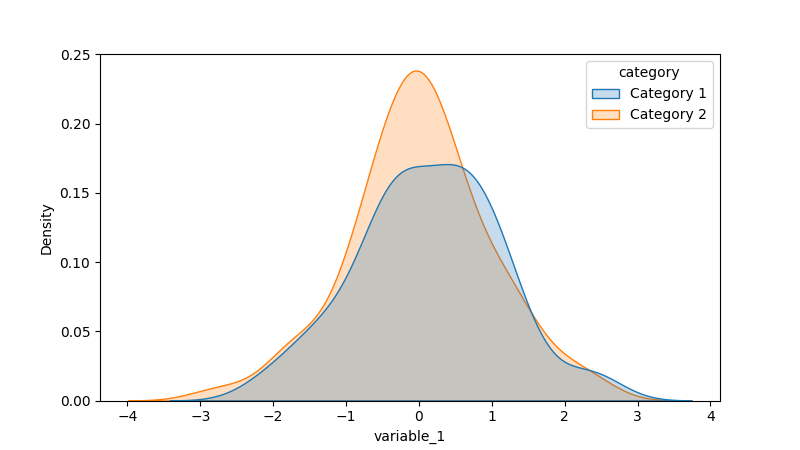
python, seaborn, kdeplot, hue='category', fill=True, bw_adjust=1.0